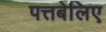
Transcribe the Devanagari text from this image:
पत्तबेलिए